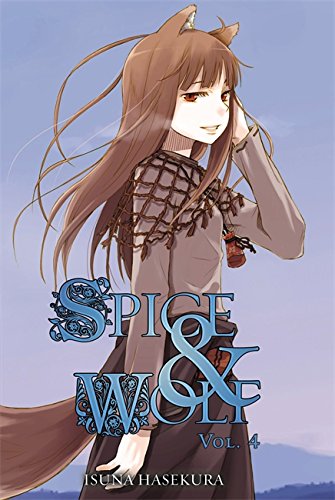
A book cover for Spice & Wolf, Vol. 4; Isuna Hasekura; Science Fiction & Fantasy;